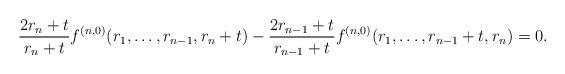
LaTeX: \begin{align*}\frac{2r_n+t}{r_n+t}f^{(n,0)}(r_1,\dots,r_{n-1},r_n+t)-\frac{2r_{n-1}+t}{r_{n-1}+t} f^{(n,0)}(r_1,\dots,r_{n-1}+t,r_n)=0.\end{align*}